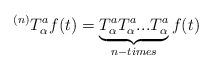
LaTeX: \begin{align*} ~^{(n)} T_ \alpha ^a f(t)=\underbrace{T_\alpha^a T_\alpha^a...T_\alpha^a}_{n-times} f(t)\end{align*}